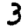
Digit: 3